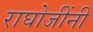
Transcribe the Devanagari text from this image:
राघोजींनी